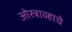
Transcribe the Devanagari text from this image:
ओस्त्राव्हाचे